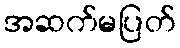
အဆက်မပြတ်